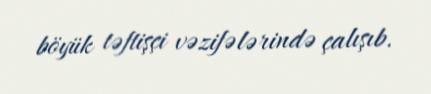
böyük təftişçi vəzifələrində çalışıb.